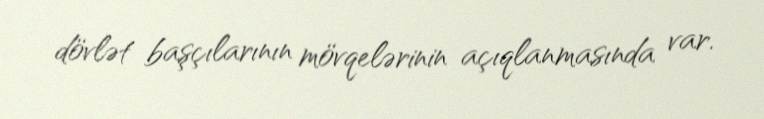
dövlət başçılarının mövqelərinin açıqlanmasında var.